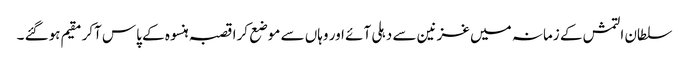
سلطان التمش کے زمانہ میں غزنین سے دہلی آئے اور وہاں سے موضع کرا قصبہ ہنسوہ کے پاس آکر مقیم ہوگئے ۔